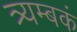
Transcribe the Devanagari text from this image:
त्र्यम्‍बकं